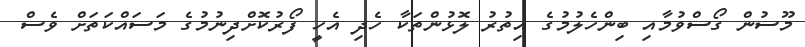
މޫސުން ގޯސްވުމާއި ބިންހެލުމުގެ އިތުރު ލޮޅުންތަކާ ހެދި އެހީ ފޯރުކޮށްދިނުމުގެ މަސައްކަތަށް ވެސް